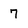
Character: 7